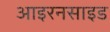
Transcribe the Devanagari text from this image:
आइरनसाइड